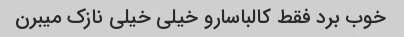
خوب برد فقط کالباسارو خیلی خیلی نازک میبرن